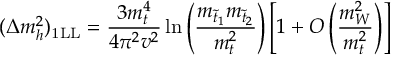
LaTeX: ( \Delta m _ { h } ^ { 2 } ) _ { \mathrm { 1 L L } } = \frac { 3 m _ { t } ^ { 4 } } { 4 \pi ^ { 2 } v ^ { 2 } } \ln \left( \frac { m _ { { \tilde { t } } _ { 1 } } m _ { { \tilde { t } } _ { 2 } } } { m _ { t } ^ { 2 } } \right) \left[ 1 + { \cal O } \left( { \frac { m _ { W } ^ { 2 } } { m _ { t } ^ { 2 } } } \right) \right]